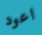
اعود